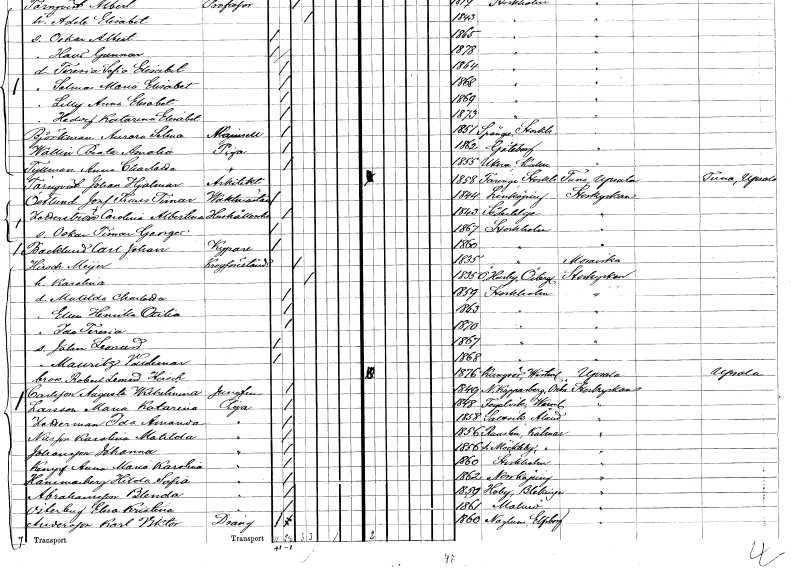
gt_parse: households: individuals: FN: Beata Amalia
EN: Wallin
YRKE: Piga
KON: K
CIV: O
FODAR: 1862
FODFORS: Göteborg Göteborgs- och Bohuslän
FN: Anna Charlotta
EN: Tyllman
YRKE: Piga
KON: K
CIV: O
FODAR: 1855
FODFORS: Ukna Kalmar län
FN: Johan Hjalmar
EN: Törnqvist
YRKE: Arkitekt
KON: M
CIV: O
FODAR: 1858
FODFORS: Faringe Uppsala län
FN: Josef Frans Tunar
EN: Östlund
YRKE: Vaktmästare
KON: M
CIV: O
FODAR: 1844
FODFORS: Linköping Östergötlands län
FN: Carolina Albertina
EN: Hederström
YRKE: Hushållerska
KON: K
CIV: O
FODAR: 1843
FODFORS: Södertälje Stockholms län
FN: Oskar Timar George
KON: M
CIV: O
FODAR: 1867
FODFORS: Stockholm
FN: Carl Johan
EN: Backlund
YRKE: Kypare
KON: M
CIV: O
FODAR: 1860
FODFORS: Stockholm
FN: Meÿer
EN: Hirsch
YRKE: Krogföreståndare
KON: M
CIV: G
FODAR: 1835
FODFORS: Stockholm
FN: Karolina
KON: K
CIV: G
FODAR: 1835
FODFORS: Östra Husby Östergötlands län
FN: Matilda Charlotta
KON: K
CIV: O
FODAR: 1859
FODFORS: Stockholm
FN: Ellen Henrika Otilia
KON: K
CIV: O
FODAR: 1863
FODFORS: Stockholm
FN: Ida Teresia
KON: K
CIV: O
FODAR: 1870
FODFORS: Stockholm
FN: Johan Leonard
KON: M
CIV: O
FODAR: 1867
FODFORS: Stockholm
FN: Mauritz Valdemar
KON: M
CIV: O
FODAR: 1868
FODFORS: Stockholm
FN: Robert Leonard
EN: Hirsch
KON: M
CIV: O
FODAR: 1876
FODFORS: Kungsörs kapell Västmanlands län
FN: Augusta Wilhelmina
EN: Carlsson
YRKE: Jungfru
KON: K
CIV: O
FODAR: 1849
FODFORS: Nya Kopparberg Örebro län
FN: Maria Katarina
EN: Larsson
YRKE: Piga
KON: K
CIV: O
FODAR: 1848
FODFORS: Fågelvik Värmlands län
FN: Ida Amanda
EN: Zetterman
YRKE: Piga
KON: K
CIV: O
FODAR: 1858
FN: Karolina Matilda
EN: Nilsson
YRKE: Piga
KON: K
CIV: O
FODAR: 1856
FODFORS: Runsten Kalmar län
FN: Johanna
EN: Johansson
YRKE: Piga
KON: K
CIV: O
FODAR: 1856
FODFORS: Södra Möckleby Kalmar län
FN: Anna Maria Karolina
EN: Knyf
YRKE: Piga
KON: K
CIV: O
FODAR: 1860
FODFORS: Stockholm
FN: Hilda Sofia
EN: Hammarberg
YRKE: Piga
KON: K
CIV: O
FODAR: 1862
FODFORS: Norrköping Östergötlands län
FN: Blenda
EN: Abrahamsson
YRKE: Piga
KON: K
CIV: O
FODAR: 1859
FODFORS: Hoby Blekinge län
FN: Elna Kristina
EN: Österberg
YRKE: Piga
KON: K
CIV: O
FODAR: 1861
FODFORS: Malmö Malmöhus län
FN: Karl Viktor
EN: Andersson
YRKE: Dräng
KON: M
CIV: O
FODAR: 1860
FODFORS: Naglum Älvsborgs län